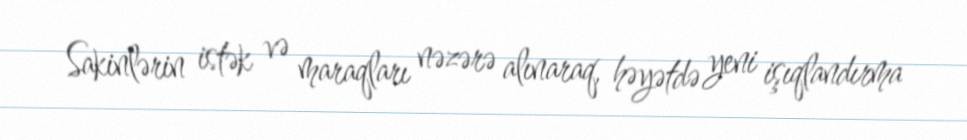
Sakinlərin istək və maraqları nəzərə alınaraq, həyətdə yeni işıqlandırma